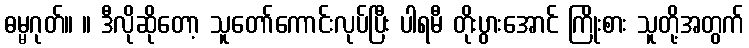
ဓမ္မဂုတ်။ ။ ဒီလိုဆိုတော့ သူတော်ကောင်းလုပ်ပြီး ပါရမီ တိုးပွားအောင် ကြိုးစား သူတို့အတွက်